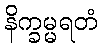
နိက္ခမ္မရတံ